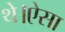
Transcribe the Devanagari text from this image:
थे।ऐसा